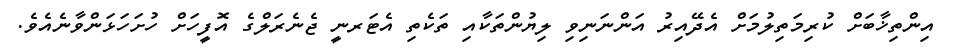
އިންތިޚާބަށް ކުރިމަތިލުމަށް އެދޭއިރު އަންނަނިވި ލިޔުންތަކާއި ތަކެތި އެޓަރނީ ޖެނެރަލްގެ އޮފީހަށް ހުށަހަޅަންވާނެއެވެ.